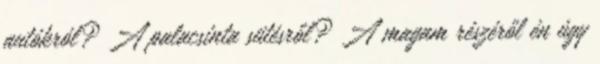
autókról? A palacsinta sütésről? A magam részéről én úgy